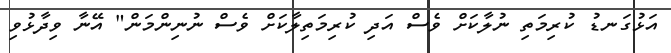
އަޅުގަނޑު ކުރިމަތި ނުލާކަށް ވެސް އަދި ކުރިމަތިލާކަށް ވެސް ނުނިންމަން" އޭނާ ވިދާޅުވި